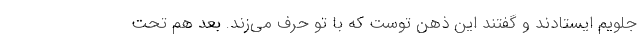
جلویم ایستادند و گفتند این ذهن توست که با تو حرف می‌زند. بعد هم تحت